Report of the King Institute of Preventive Medicine, Guindy
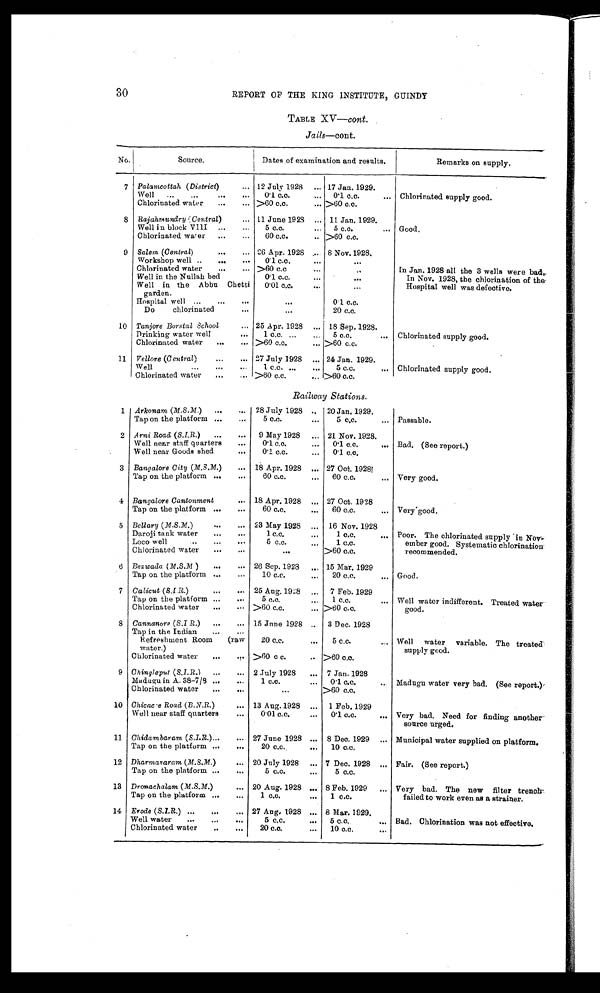
30
REPORT OF THE KING INSTITUTE. GUINDY
TABLE XV— cont.
Jails—cont.
No.
Source.
Dates of examination and results.
Remarks on supply.
7 Palamcottah ( District)
... 12 July 1928
... 17 Jan. 1929.
Well
...
...
...
. .
0.1 c.c.
...
0.1 c.c.
. . . Chlorinated supply good.
Chlorinated water
...
... >60 c.c.
... >60 c.c.
8
Rajahmundry
(C e n t r a l)
. . . 11 June 1923
... 11 Jan. 1929.
Well in block VIII
...
...
5 c.c.
...
5 c.c.
... Good.
Chlorinated water
...
...
60 c.c.
.. >60 c.c.
9 Salem (Central)
...
... 26 Apr. 1928 ... 8 Nov. 1928.
Workshop well ..
...
...
0.1 c.c.
...
Chlorinated water...
... >60 c.c
. . .
...
In Jan. 1928 all the 3 wells were bad.
In Nov. 1928. the chlorination of the
Hospital well was defective.
Well in the Nullah bed
0.1 c.c.
. . .
. . .
Well in the Abbu Chetti
0.01 c.c.
. . .
. . .
garden.
Hospital well ...
...
. . .
. . .
0.1 c.c.
Do
chlorinated ...
...
20 c.c.
10 Tanjore Borstal School ... 25 Apr. 1928
... 18 Sep. 1928.
Drinking water welt
. . .
1 c.c. ...
...
5 c.c.
...
Chlorinated supply good.
Chlorinated water
...
... >60 c.c.
... >60 c.c.
11
Vellore (Central )
...
... 27 July 1928
... 24 Jan. 1929.
Well
...
...
...
1 c.c. ...
...
5 c.c.
... Chlorinated supply good.
Chlorinated water
...
... >60 c.c.
... >60 c.c.
Railway Stations.
1
Arkonam (M.S.M.)
...
...
28 July 1928 ..
20 Jan. 1929.
Tap on the platform ...
...
5 c.c.
...
5 c.c.
... Passable.
2 Arni Road (S.I.R. )
...
...
9 May 1928
. . . 21 Nov. 1928.
Well near staff quarters
...
0.1 c.c.
..
0.1 c.c.
... Bad. (See report.)
Well near Goods shed
...
0.1 c.c.
...
0.1 c.c.
3
Bangalore City (M.S.M. )
... 18 Apr. 1928
... 27 Oct. 1928.
Tap on the platform ...
...
60 c.c.
. . .
60 c.c.
... Very good.
4 Bangalore Cantonment
... 18 Apr. 1928
... 27 Oct. 1928
Tap on the platform ...
...
60 c.c.
. . .
60 c.c.
... Very good.
5 Bellary ( M.S.M. )
. . .
. . .
23 May 1928
...
16 Nov. 1928
Daroji tank water
..
...
1 c.c.
. . .
1 c.c.
. . . Poor. The chlorinated supply .in Nov-
ember good. Systematic chlorination
recommended.
Loco well
..
. . .
. . .
5 c . c .
..
1 c.c.
Chlorinated water
...
...
. . .
>60 c.c.
6 Bezwada ( M.S.M )
...
... 26 Sep. 1923
... 15 Mar. 1929
Tap on the platform ...
...
10 c.c.
...
20 c.c.
. . . Good.
7
Calicut (S.I.R. )
...
... 25 Aug. 1928 ...
7 Feb. 1929
Tap on the platform ...
. . .
5 c.c.
...
1 c.c.
... Well water indifferent. Treated water
good.
Chlorinated water
...
>60 c.c.
... >60 c.c.
8 Cannanore ( S.I.R. )
...
... 15 June 1928
3 Dec. 1928
Tap in the Indian
. . .
. . .
Refreshment Room
(raw
20 c.c.
...
5 c.c.
... Well
water
variable. The treated
supply good.
water.)
Chlorinated water
...
. . . >60 c c.
.. >60 c.c.
9 Chingleput ( S.I.R.)
...
... 2 July 1928
...
7 Jan. 1928
Madugu in A. 38-7/8 ...
...
1 c.c.
...
0.1 c.c.
... Madugu water very bad. (See report.)
Chlorinated water
...
...
...
>60 c.c.
10 Chicac e Road ( B.N.R. )
... 13 Aug. 1928
...
1 Feb. 1929
Well near staff quarters
...
0.01 c.c.
...
0.1 c.c.
... Very bad. Need for finding another
source urged.
11 Chidambaram ( S.I.R. )...
... 27 June 1928 ... 8 Dec. 1929
... Municipal water supplied on platform.
Tap on the platform ...
...
20 c.c.
...
10 c.c.
12 Dharmavaram ( M.S.M. )
... 20 July 1928
... 7 Dec. 1928
... Fair. (See report.)
Tap on the platform ...
...
5 c.c.
...
5 c.c.
13 Dronachalam ( M.S.M. )
... 20 Aug. 1928 ... 8 Feb. 1929
... Very bad. The new filter trench
failed to work even as a strainer.
Tap on the platform ...
...
1 c.c.
...
1 c.c.
14 Erode ( S.I.R. ) ...
...
... 27 Aug. 1928 ... 8 Mar. 1929.
Well water
...
...
...
5 c.c.
...
5 c.c.
... Bad. Chlorination was not effective.
Chlorinated water
...
...
20 c.c.
...
10 c.c.
. . .